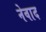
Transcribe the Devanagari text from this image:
नेवाद